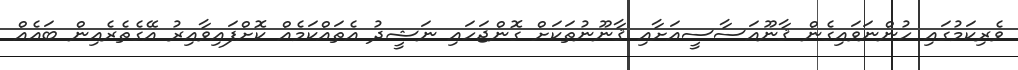
ވެރިކަމުގައި ހުންނަވައިގެން ޤާނޫއަސާސީއަށާއި ޤާނޫނުތަކަށް ގޮންޖަހައި ނަޝީދު އެތައްކަމެއް ކޮށްފައިވާއިރު އޭގެތެރެއިން ބައެއް